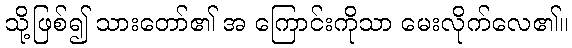
သို့ဖြစ်၍ သားတော်၏ အ ကြောင်းကိုသာ မေးလိုက်လေ၏။